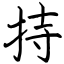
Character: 持